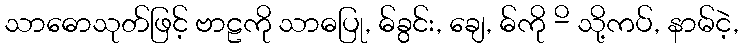
သာဓောသုတ်ဖြင့် ဗာဠကို သာဓပြု, ဓ်ခွင်း, ချေ, ဓ်ကို -ိ သို့ကပ်, နာမ်ငဲ့,